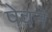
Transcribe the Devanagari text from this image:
पेवने